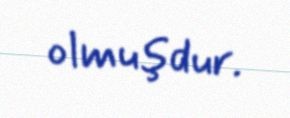
olmuşdur.